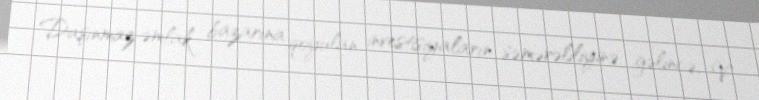
Daşınmaz əmlak bazarına qoyulan investisiyaların səmərəliliyinə gəlincə, V.